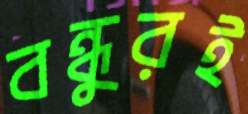
বন্ধুরই